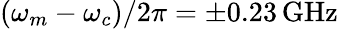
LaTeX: (\omega_{m}-\omega_{c})/2\pi=\pm 0.23\, \textrm{GHz}